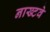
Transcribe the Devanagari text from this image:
नाख्टवे